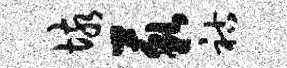
垓藐祜